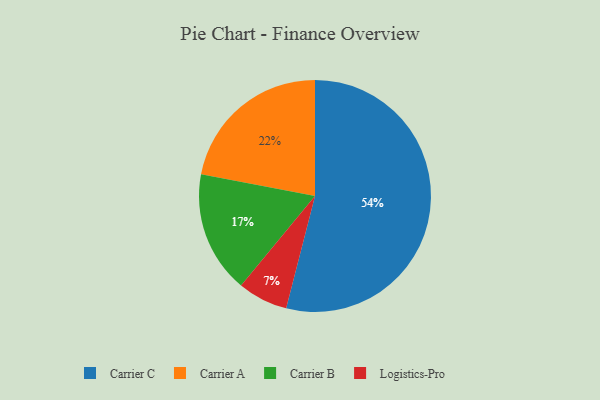
{"axis": {"x": "Category", "y": "Percentage"}, "legend": ["Carrier A", "Carrier B", "Carrier C", "Logistics-Pro"], "data": [{"x": "Logistics-Pro", "y": 7, "type": "Logistics-Pro"}, {"x": "Carrier C", "y": 54, "type": "Carrier C"}, {"x": "Carrier B", "y": 17, "type": "Carrier B"}, {"x": "Carrier A", "y": 22, "type": "Carrier A"}]}